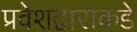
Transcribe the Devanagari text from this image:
प्रवेशद्वाराकडे